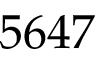
5 6 4 7